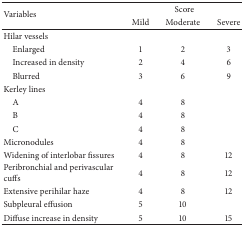
<table><thead><tr><td rowspan="2"><b>Variables</b></td><td colspan="3"><b>Score</b></td></tr><tr><td><b>Mild</b></td><td><b>Moderate</b></td><td><b>Severe</b></td></tr></thead><tbody><tr><td>Hilar vessels</td><td> </td><td> </td><td> </td></tr><tr><td> Enlarged</td><td>1</td><td>2</td><td>3</td></tr><tr><td> Increased in density</td><td>2</td><td>4</td><td>6</td></tr><tr><td> Blurred</td><td>3</td><td>6</td><td>9</td></tr><tr><td>Kerley lines</td><td> </td><td> </td><td> </td></tr><tr><td> A</td><td>4</td><td>8</td><td> </td></tr><tr><td> B</td><td>4</td><td>8</td><td> </td></tr><tr><td> C</td><td>4</td><td>8</td><td> </td></tr><tr><td>Micronodules</td><td>4</td><td>8</td><td> </td></tr><tr><td>Widening of interlobar fissures</td><td>4</td><td>8</td><td>12</td></tr><tr><td>Peribronchial and perivascular cuffs</td><td>4</td><td>8</td><td>12</td></tr><tr><td>Extensive perihilar haze</td><td>4</td><td>8</td><td>12</td></tr><tr><td>Subpleural effusion</td><td>5</td><td>10</td><td> </td></tr><tr><td>Diffuse increase in density</td><td>5</td><td>10</td><td>15</td></tr></tbody></table>